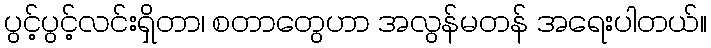
ပွင့်ပွင့်လင်းရှိတာ၊ စတာတွေဟာ အလွန်မတန် အရေးပါတယ်။